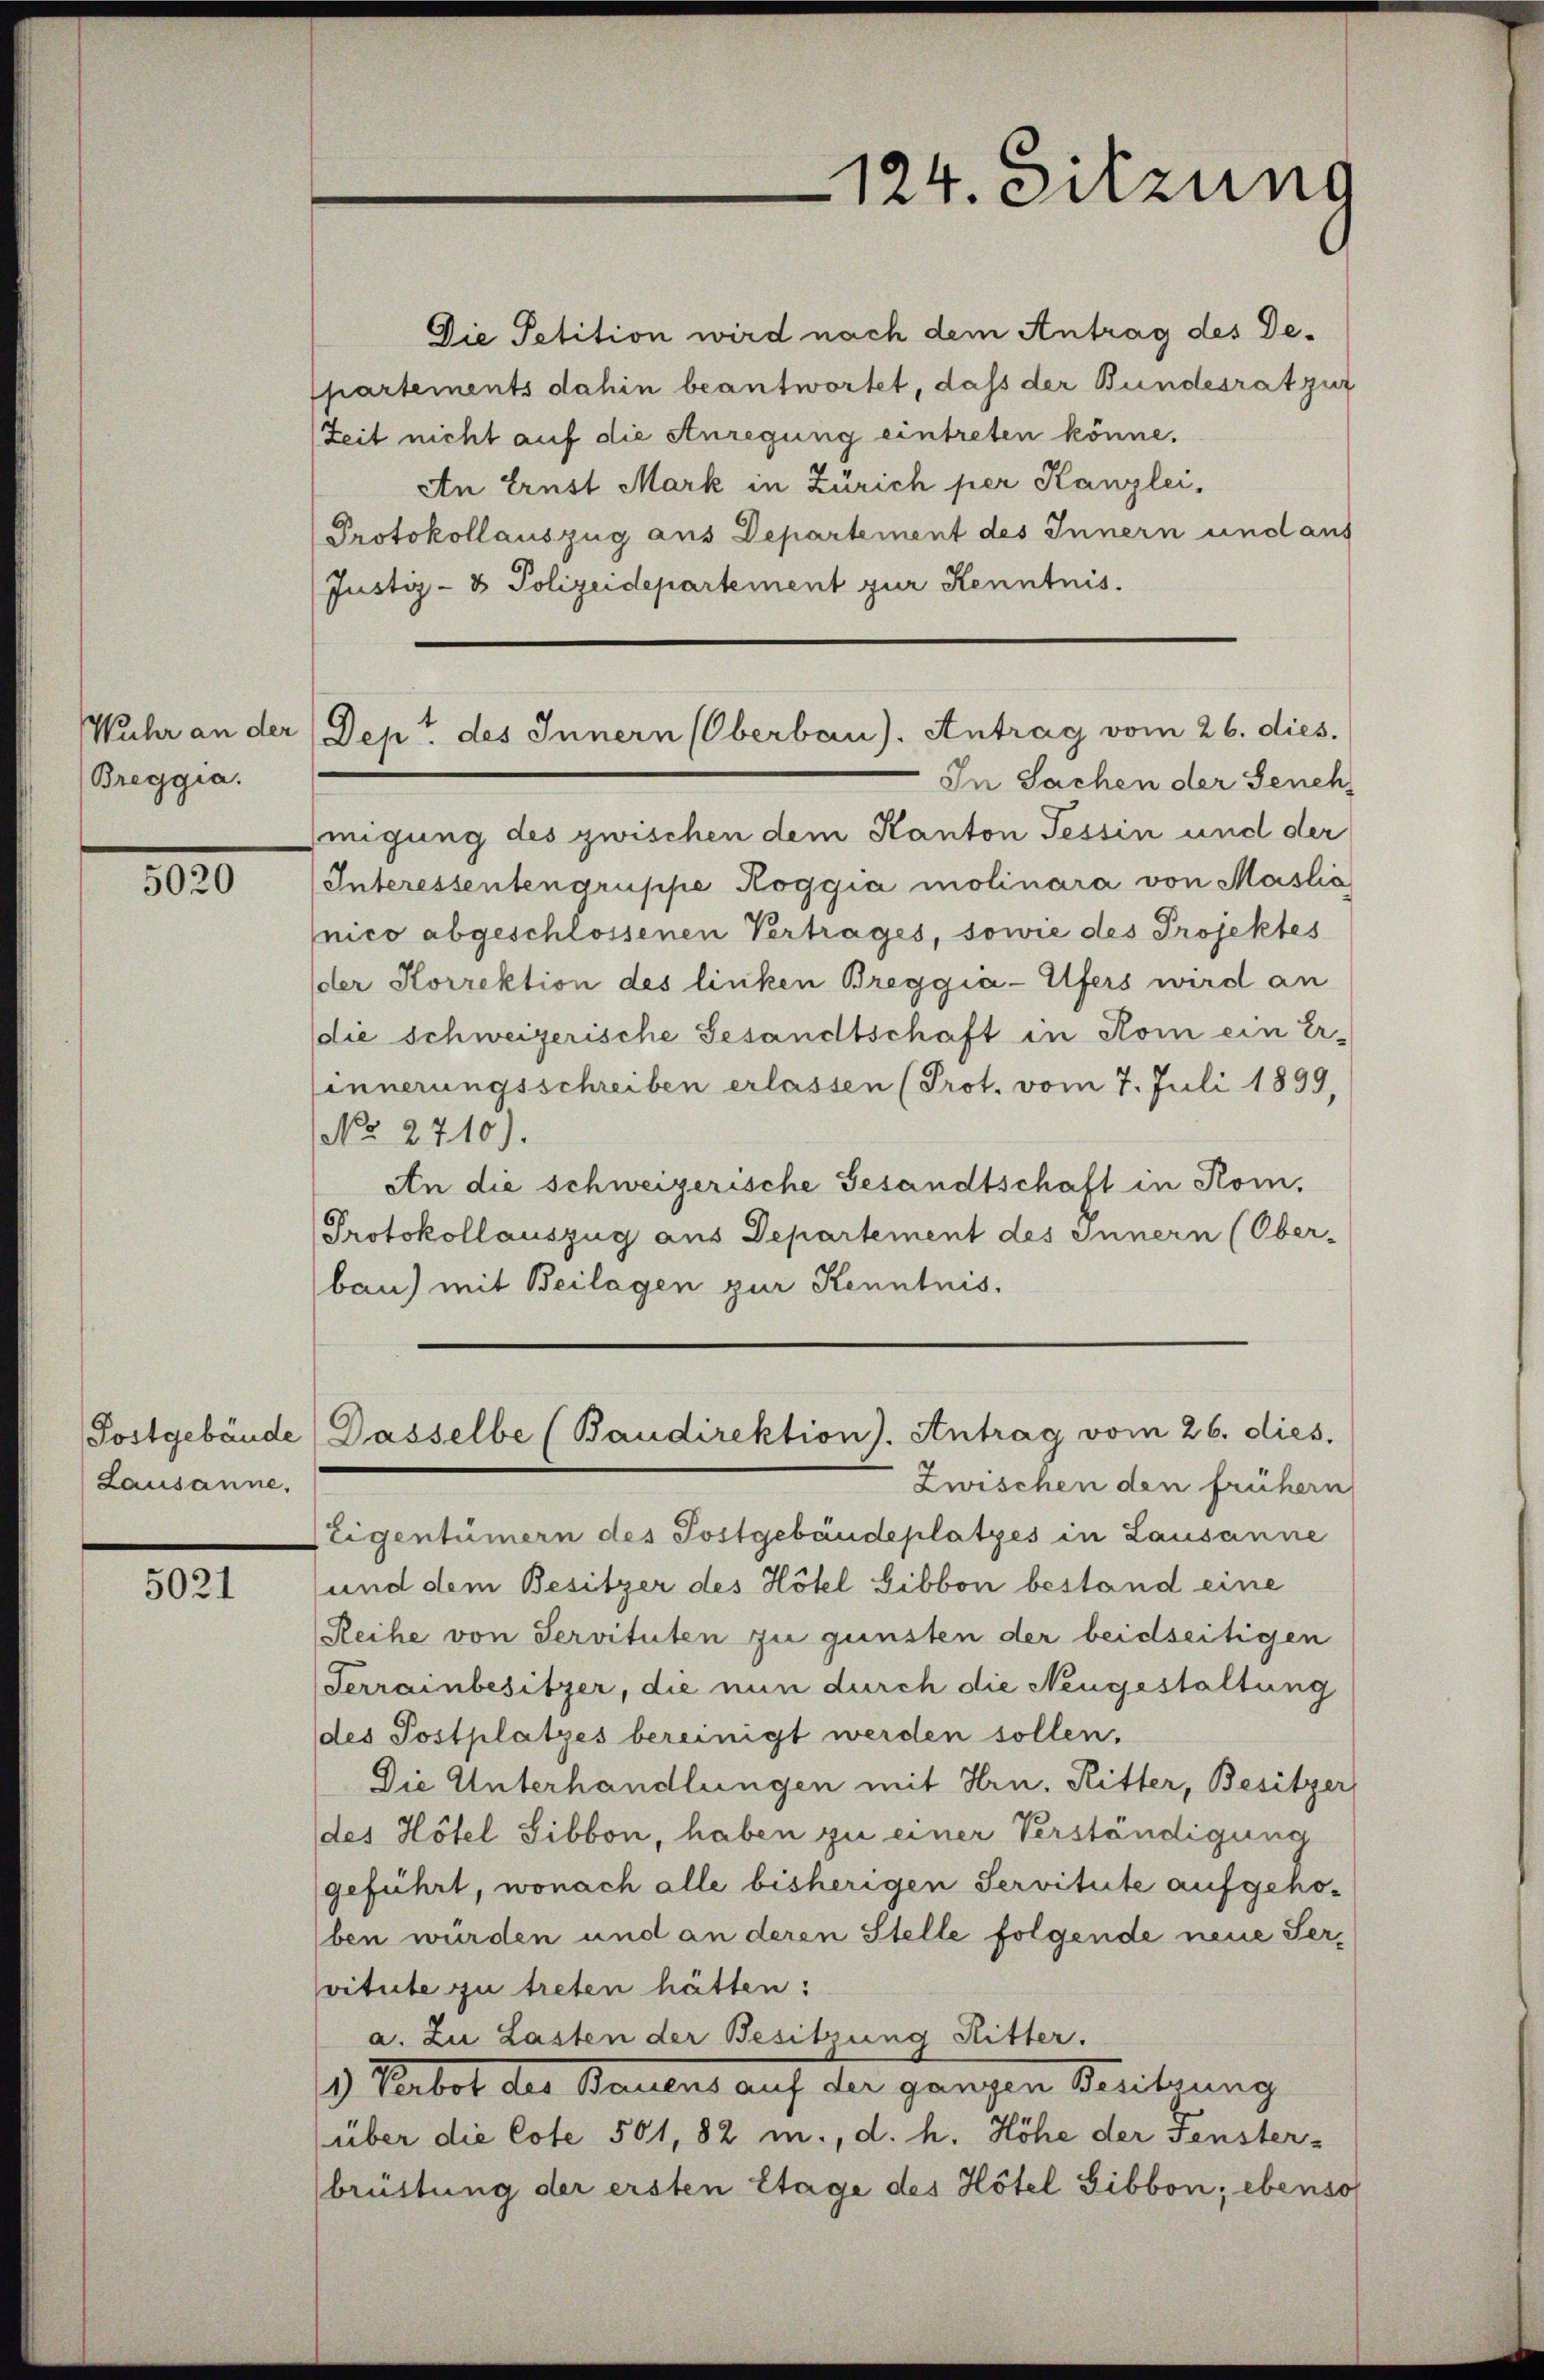
Breggia.

5020

Lausanne,

5021

Die Petition wird nach dem Antrag des Defpartements dahin beantwortet, daß der Bundesrat zur
Zeit nicht auf die Anregung eintreten könne.
An Ernst Mark in Zürich per Kanzlei,
Protokollauszug aus Departement des Innern und aus
Justiz- & Polizeidepartement zur Kenntnis.

124. Sitzung

Wuhr an der Dept. des Innern (Oberbau). Antrag vom 26. dies.

In Sachen der Genehmigung des zwischen dem Kanton Tessin und der
Interessentengruppe Roggia molinara von Maslić
nico abgeschlossenen Vertrages, sowie des Projektes
der Korrektion des linken Breggia-Ufers wird an
die schweizerische Gesandtschaft in Rom ein Erlinnerungsschreiben erlassen (Prot. vom 7. Juli 1899,
No. 2710).
An die schweizerische Gesandtschaft in Kom¬
Protokollauszug aus Departement des Innern (Ober-
bau) mit Beilagen zur Kenntnis.

Zwischen den frühern
Eigentümern des Postgebäudeplatzes in Lausanne
und dem Besitzer des Hôtel Libbon bestand eine
Reihe von Servituten zu gunsten der beidseitigen
Terrainbesitzer, die nun durch die Neugestaltung
des Postplatzes bereinigt werden sollen,
Die Unterhandlungen mit Hrn. Ritter, Besitzer
(des Hôtel Sibbon, haben zu einer Verständigung
geführt, wonach alle bisherigen Servitute aufgehoben würden und an deren Stelle folgende neue Servitute zu treten hätten:
a. Zu Lasten der Besitzung Ritter.
9 Verbot der Bauens auf der ganzen Seitzung
über die Cote 501, 82 m., d. h. Höhe der Fenster-
brüstung der ersten Etage des Hôtel Gibbon; ebenso

Postgebäude Dasselbe (Baudirektion). Antrag vom 26. dies.